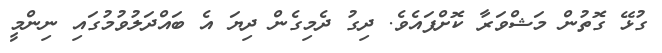
ގުޅޭ ގޮތުން މަޝްވަރާ ކޮށްފައެވެ. ދިގު ދެމިގެން ދިޔަ އެ ބައްދަލުވުމުގައި ނިންމީ